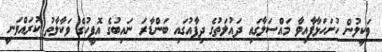
ވަކީލުން ހުށަހަޅާފާއިވާ މައްސަލާގައި ދައުލަތުގެ ދިފާއުގައި ބަންޑާރަ ނައިބުގެ އޮފީހުގެ ވަކާލާތު ކުރައްވަނީ